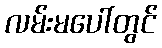
လမ်းမပေါ်တွင်